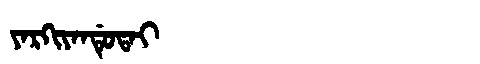
Manchu: ᠶᠠᡵᡴᡳᠶᠠᠨᡩᡠᡨᠠᡳ
Romanization: YARKIYANDUTAI